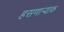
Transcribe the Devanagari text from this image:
हसणार्‍याक